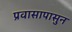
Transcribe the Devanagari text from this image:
प्रवासापासुन